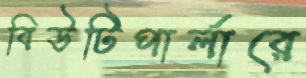
বিউটিপার্লারে